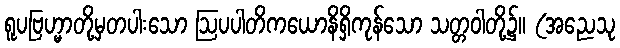
ရူပဗြဟ္မာတို့မှတပါးသော ဩပပါတိကယောနိရှိကုန်သော သတ္တဝါတို့၌။ (အညေသု